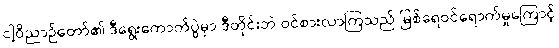
ငါ့ဝိညာဉ်တော်၏ ဒီရွေးကောက်ပွဲမှာ ဒီတိုင်းဘဲ ဝင်စားလာကြသည် မြစ်ရေဝင်ရောက်မှုကြောင့်